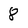
Character: 8